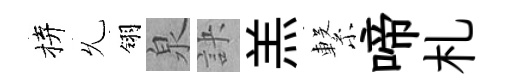
拚𠃔翎泉訣羔繋啼札